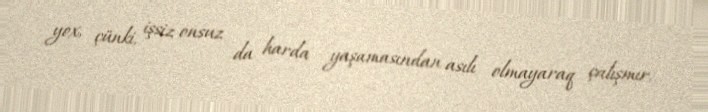
yox, çünki, işsiz onsuz da harda yaşamasından asılı olmayaraq çalışmır.